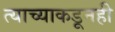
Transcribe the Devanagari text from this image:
त्याच्याकडूनही